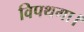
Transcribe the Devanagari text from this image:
विपथगा।